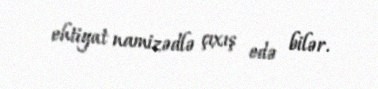
ehtiyat namizədlə çıxış edə bilər.